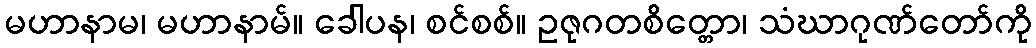
မဟာနာမ၊ မဟာနာမ်။ ခေါပန၊ စင်စစ်။ ဥဇုဂတစိတ္တော၊ သံဃာဂုဏ်တော်ကို